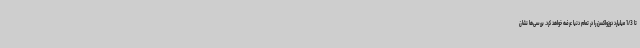
تا 1/3 میلیارد دوزواکسن را در تمام دنیا عرضه خواهد کرد. بررسی‌ها نشان